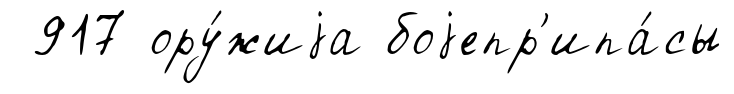
917 ору́жиjа боjепр'ипа́сы